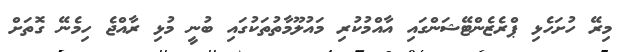
މިރޭ ހުށަހެޅި ޕްރެޒެންޓޭޝަންގައި އާއްމުކުރި މައުލޫމާތުތަކުގައި ބުނީ މުޅި ރާއްޖެ ހިމެނޭ ގޮތަށް